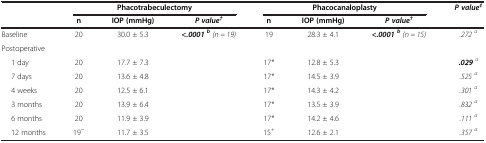
<table><thead><tr><td rowspan="2"><b> </b></td><td colspan="3"><b>Phacotrabeculectomy</b></td><td colspan="3"><b>Phacocanaloplasty</b></td><td rowspan="2"><b><i>P value</i><sup><i>‡</i></sup></b></td></tr><tr><td><b>n</b></td><td><b>IOP (mmHg)</b></td><td><b><i>P value</i><sup><i>†</i></sup></b></td><td><b>n</b></td><td><b>IOP (mmHg)</b></td><td><b><i>P value</i><sup><i>†</i></sup></b></td></tr></thead><tbody><tr><td>Baseline</td><td>20</td><td>30.0 ± 5.3</td><td rowspan="2"><b><i>&lt;.0001 </i></b><sup><b><i>b</i></b></sup><i>(n = 19)</i></td><td>19</td><td>28.3 ± 4.1</td><td rowspan="2"><b><i>&lt;.0001 </i></b><sup><b><i>b</i></b></sup><i>(n = 15)</i></td><td><i>.272</i><sup><i>a</i></sup></td></tr><tr><td>Postoperative</td><td> </td><td> </td><td> </td><td> </td><td> </td></tr><tr><td>1 day</td><td>20</td><td>17.7 ± 7.3</td><td> </td><td>17*</td><td>12.8 ± 5.3</td><td> </td><td><b><i>.029</i></b><sup><i>a</i></sup></td></tr><tr><td>7 days</td><td>20</td><td>13.6 ± 4.8</td><td> </td><td>17*</td><td>14.5 ± 3.9</td><td> </td><td><i>.525</i><sup><i>a</i></sup></td></tr><tr><td>4 weeks</td><td>20</td><td>12.5 ± 6.1</td><td> </td><td>17*</td><td>14.3 ± 4.2</td><td> </td><td><i>.301</i><sup><i>a</i></sup></td></tr><tr><td>3 months</td><td>20</td><td>13.9 ± 6.4</td><td> </td><td>17*</td><td>13.5 ± 3.9</td><td> </td><td><i>.832</i><sup><i>a</i></sup></td></tr><tr><td>6 months</td><td>20</td><td>11.9 ± 3.9</td><td> </td><td>17*</td><td>14.2 ± 4.6</td><td> </td><td><i>.111</i><sup><i>a</i></sup></td></tr><tr><td>12 months</td><td>19<sup>~</sup></td><td>11.7 ± 3.5</td><td> </td><td>15<sup>+</sup></td><td>12.6 ± 2.1</td><td> </td><td><i>.357</i><sup><i>a</i></sup></td></tr></tbody></table>